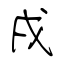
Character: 戌